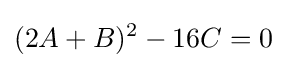
(2A+B)^{2}-16C=0